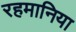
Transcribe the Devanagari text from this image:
रहमानिया